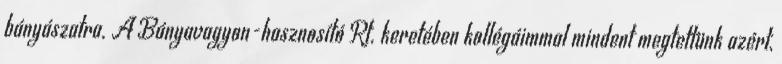
bányászatra. A Bányavagyon-hasznosító Rt. keretében kollégáimmal mindent megtettünk azért,